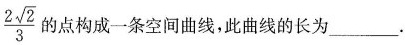
\frac{2 \sqrt{2}}{3}的点构成一条空间曲线，此曲线的长为___.